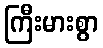
ကြီးမားစွာ